Civil Veterinary Department. United Provinces 1912-22 - 1912-1922
Year: 1912
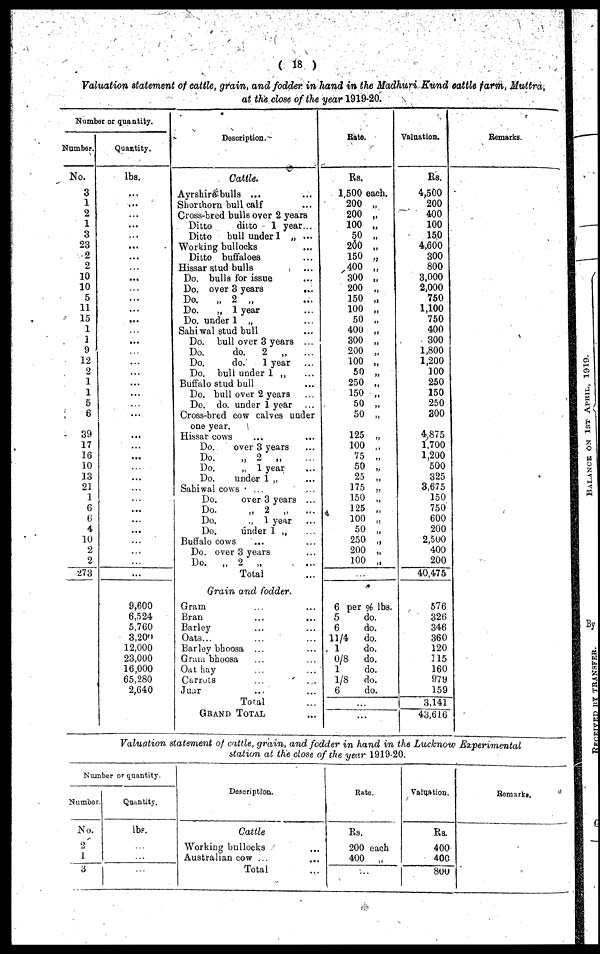
(18)
Valuation statement of cattle, grain, and fodder in hand in the Madhuri Kund cattle form, Muttra,
at the close of the year 1919-20.
Number or quantity.
Number.
No.
3
1
2
1
3
23
2
2
10
10
5
11
15
1
1
9
12
2
1
1
5
6
39
17
16
10
13
21
1
6
6
4
10
2
2
273
Quantity.
lbs.
...
...
...
...
...
...
...
...
...
...
...
...
...
...
...
...
...
...
...
...
...
...
...
...
...
...
...
...
...
...
...
...
...
...
...
...
...
9,600
6,524
5,760
3,200
12,000
23,000
16,000
65,280
2,640
Description.
Cattle.
Ayrshire bulls ...
Shorthorn bull calf
Cross-bred bulls over 2 years
Ditto
ditto
1 year...
Ditto
bull under 1 „ ...
Working bullocks
Ditto buffaloes
Hissar stud bulls
Do. bulls for issue
Do. over 3 years
...
Do.
„ 2 „
Do.
„ 1 year
Do. under 1 „
Sahiwal stud bull
Do. bull over 3 years ...
Do.
do.
2
„
Do.
do.
1 year
Do. bull under 1 „
Buffalo stud bull
Do. bull over 2 years
Do. do. under 1 year
Cross-bred cow calves under
one year.
Hissar cows
Do.
over 3 years
Do.
„ 2
„
Do.
„
1 year
Do.
under 1 „
Suhiwal cows
...
Do.
over 3 years ...
Do.
„ 2 „
Do.
., 1 year
Do.
under 1 „
Buffalo cows
Do. over 3 years
Do.
„ 2
„
Total
Grain and fodder.
Gram ... ...
Bran ... ...
Barley ... ...
Oats ... ...
Barley bhoosa ... ...
Grain bhoosa ... ...
Oat hay ... ...
Carrots ... ...
Juar ... ..
Total ...
GRAND TOTAL ...
Rate.
Rs.
1,500 each.
200 „
200 „
100 „
50 „
200 „
150 „
400 „
300 „
200 „
150 „
100 „
50 „
400 „
300 „
200 „
100 „
50 „
250 „
150 „
50 „
50 „
125 „
100 „
75 „
50 „
25 „
175 „
150 „
125 „
100 „
50 „
250 „
200 „
100 „
6 per % lbs.
5
do.
6
do.
11/4
do.
1
do.
0/8
do.
1
do.
1/8
do.
6
do.
...
...
Valuation.
Rs.
4,500
200
400
100
150
4,600
300
800
3,000
2,000
750
1,100
750
400
300
1,800
1,200
100
250
150
250
300
4,875
1,700
1,200
500
325
3,675
150
750
600
200
2,500
400
200
40,475
576
326
346
360
120
115
160
979
159
3,141
43,616
Remarks.
Valuation statement of cattle, grain, and fodder in hand in the Lucknow
Experimental
station at the close of the year 1919-20.
Number or quantity
Number.
No.
2
1
3
Quantity.
lbs.
Description.
Cattle
Working bullocks
Australian cow ...
Total
Rate.
Rs.
200 each
400
„
Valuation.
Rs.
400
400
800
Remarks.